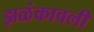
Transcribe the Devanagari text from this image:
झळंकावली